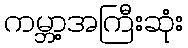
ကမ္ဘာ့အကြီးဆုံး